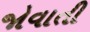
જોવાતી